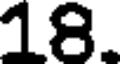
18.